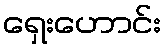
ရှေးဟောင်း